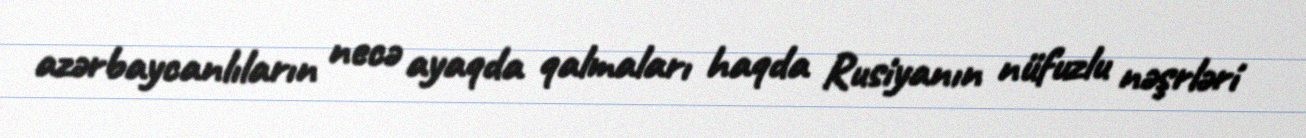
azərbaycanlıların necə ayaqda qalmaları haqda Rusiyanın nüfuzlu nəşrləri